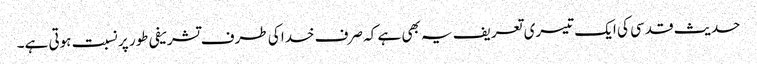
حدیث قدسی کی ایک تیسری تعریف یہ بھی ہے کہ صرف خدا کی طرف تشریفی طور پر نسبت ہوتی ہے۔